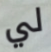
لي